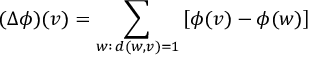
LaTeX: ( \Delta \phi ) ( v ) = \sum _ { w : \, d ( w , v ) = 1 } \left[ \phi ( v ) - \phi ( w ) \right]